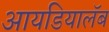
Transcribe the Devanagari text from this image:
आयडियालॅब